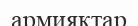
армияқтар